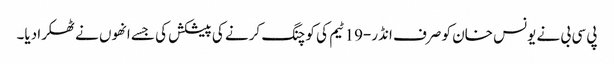
پی سی بی نے یونس خان کو صرف انڈر-19 ٹیم کی کوچنگ کرنے کی پیشکش کی جسے انھوں نے ٹھکرا دیا۔